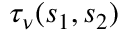
\tau _ { \nu } ( s _ { 1 } , s _ { 2 } )